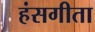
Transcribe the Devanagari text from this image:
हंसगीता